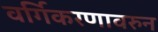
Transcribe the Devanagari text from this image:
वर्गिकरणावरुन